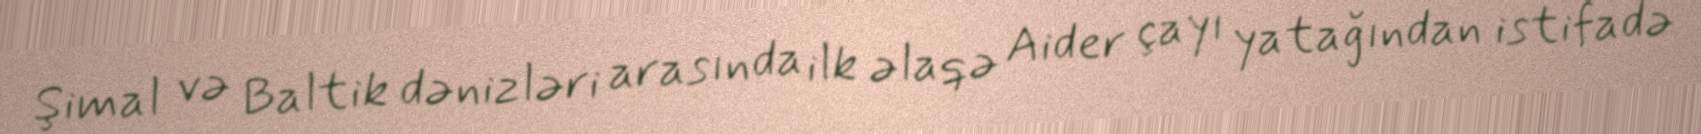
Şimal və Baltik dənizləri arasında ilk əlaqə Aider çayı yatağından istifadə